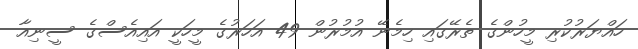
ހައްޔަރުކުރި މީހުންގެ ތެރޭގައި ހިމެނޭ އުމުރުން 49 އަހަރުގެ މީހަކީ އައިއެސްގެ ސީނިއާ